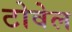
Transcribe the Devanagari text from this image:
टोवेल